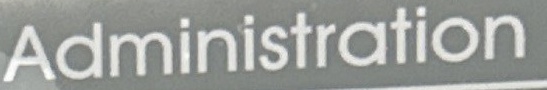
Adminstration